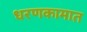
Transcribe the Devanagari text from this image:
धरणकामात